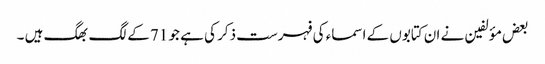
بعض مؤلفین نے ان کتابوں کے اسماء کی فہرست ذکر کی ہے جو 71 کے لگ بھگ ہیں ۔